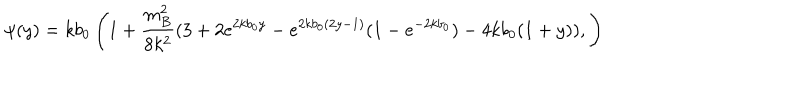
LaTeX: \psi ( y ) = k b _ { 0 } \left( 1 + \frac { m _ { B } ^ { 2 } } { 8 k ^ { 2 } } ( 3 + 2 e ^ { 2 k b _ { 0 } y } - e ^ { 2 k b _ { 0 } ( 2 y - 1 ) } ( 1 - e ^ { - 2 k b _ { 0 } } ) - 4 k b _ { 0 } ( 1 + y ) ) , \right)